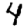
Digit: 4